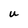
Character: U